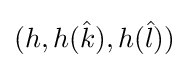
(h,h({\hat {k}}),h({\hat {l}}))